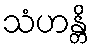
သံဟန္တိ